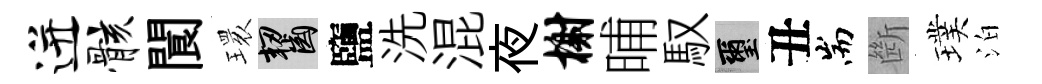
迸骸閬𤨔齧鹽洗混夜榭晡馭璽丑耑㫁璞泊